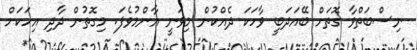
ނިސްބަތްވާ ގޮތަށް ބޭއަދަބީ ވާހަކަ ދެއްކުން މިވަނީ އާންމުވެފަ. މިގޮތުން ދާދި އިހަކަށް